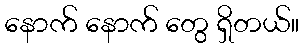
နောက် နောက် တွေ ရှိတယ်။